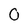
Character: 0